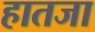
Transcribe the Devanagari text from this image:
हातजा